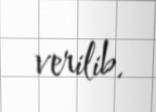
verilib.